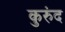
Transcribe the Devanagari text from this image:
कुरुंद